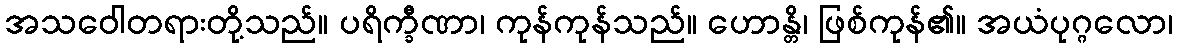
အသဝေါတရားတို့သည်။ ပရိက္ခီဏာ၊ ကုန်ကုန်သည်။ ဟောန္တိ၊ ဖြစ်ကုန်၏။ အယံပုဂ္ဂလော၊